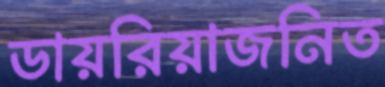
ডায়রিয়াজনিত